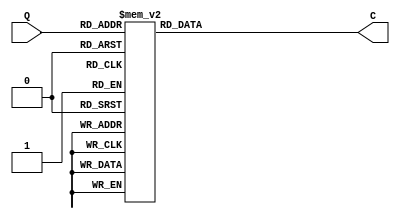
`timescale 1ns / 1ps
//////////////////////////////////////////////////////////////////////////////////
// Company: 
// Engineer: 
// 
// Design Name: 
// Module Name: Lab_4
// Project Name: 
// Target Devices: 
// Tool Versions: 
// Description: 
// 
// Dependencies: 
// 
// Revision:
// Revision 0.01 - File Created
// Additional Comments:
// 
//////////////////////////////////////////////////////////////////////////////////


module ssd_driver(Q,C);
    input [3:0] Q;
    output [6:0] C;
    reg [6:0] C;
    always @(Q) begin
        case (Q)
            4'h0: C = 7'b1000000;
            4'h1: C = 7'b1111001;
            4'h2: C = 7'b0100100;
            4'h3: C = 7'b0110000;
            4'h4: C = 7'b0011001;
            4'h5: C = 7'b0010010;
            4'h6: C = 7'b0000010;
            4'h7: C = 7'b1111000;
            4'h8: C = 7'b0000000;
            4'h9: C = 7'b0010000;
            4'ha: C = 7'b0001000;
            4'hb: C = 7'b0000011;
            4'hc: C = 7'b1000110;
            4'hd: C = 7'b0100001;
            4'he: C = 7'b0000110;
            4'hf: C = 7'b0001110;
            default C = 7'b1111111;
        endcase
    end
endmodule

module counter_4_bit(clock,reset,u_or_down,Q,C,AN);
    input clock,reset,u_or_down;
    output [3:0]  Q;
    output [3:0] AN; 
    output [6:0] C;
    ssd_driver ssd (Q,C);
    reg    [3:0]  Q=4'b0000;
    assign AN = 4'b1110;
    always @ (posedge reset or posedge clock)
        if(reset==1'b1) Q<=0; else
        if(u_or_down==1'b1) Q<=Q+1;
    else                Q<=Q-1;
endmodule